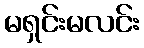
မရှင်းမလင်း